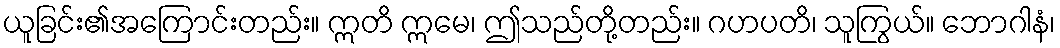
ယူခြင်း၏အကြောင်းတည်း။ ဣတိ ဣမေ၊ ဤသည်တို့တည်း။ ဂဟပတိ၊ သူကြွယ်။ ဘောဂါနံ၊